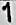
1